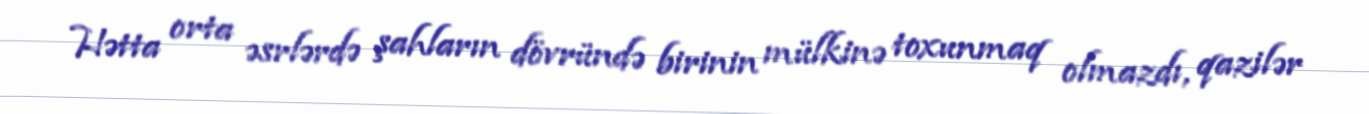
Hətta orta əsrlərdə şahların dövründə birinin mülkinə toxunmaq olmazdı, qazilər